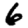
Digit: 6